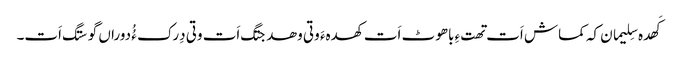
کَھدہ سِلیمان کہ کماش اَت تھتءِ باھوٹ اَت کھدہءَ وتی وھدجتگ اَت وتی دِرک ءُُ دوراں گوستگ اَت۔